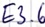
Text: E3.6